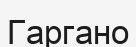
Гаргано